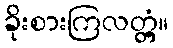
ခိုးစားကြလတ္တံ့။